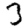
Digit: 3